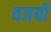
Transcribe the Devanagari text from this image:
वजयी